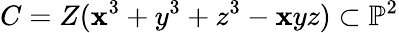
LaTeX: C=Z(\mathbf{x}^{3}+y^{3}+z^{3}-\mathbf{x}yz)\subset\mathbb{{P}}^{2}